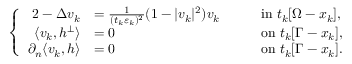
\left\{ \begin{array} { r l r l } { { 2 } - \Delta v _ { k } } & { = \frac { 1 } { ( t _ { k } \varepsilon _ { k } ) ^ { 2 } } ( 1 - | v _ { k } | ^ { 2 } ) v _ { k } \quad } & & { \mathrm { i n } \ t _ { k } [ \Omega - x _ { k } ] , } \\ { \langle v _ { k } , h ^ { \perp } \rangle } & { = 0 \quad } & & { \mathrm { o n } \ t _ { k } [ \Gamma - x _ { k } ] , } \\ { \partial _ { n } \langle v _ { k } , h \rangle } & { = 0 \quad } & & { \mathrm { o n } \ t _ { k } [ \Gamma - x _ { k } ] . } \end{array} \right.